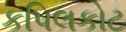
કપિલકોટ